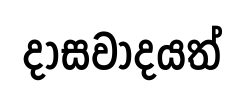
දාසවාදයත්